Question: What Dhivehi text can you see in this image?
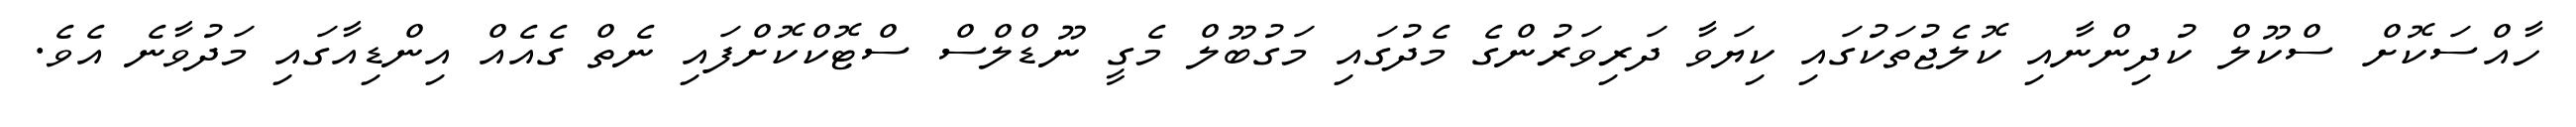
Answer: ހާއްސަކޮށް ސްކޫލް ކުދިންނާއި ކޮލެޖުތަކުގައި ކިޔަވާ ދަރިވަރުންގެ މެދުގައި މަގުބޫލް މެގީ ނޫޑްލްސް ސްޓޮކްކޮށްފައި ނެތް ގެއެއް އިންޑިއާގައި މަދުވާނެ އެވެ.